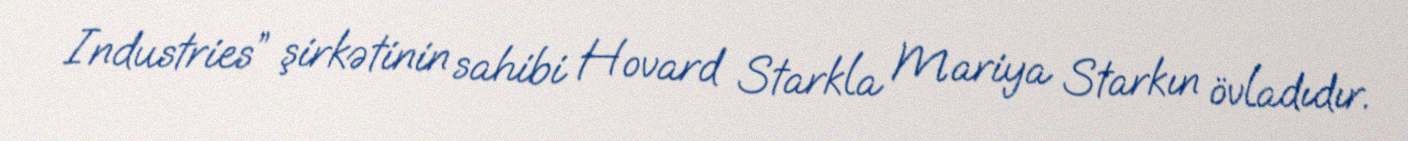
Industries” şirkətinin sahibi Hovard Starkla Mariya Starkın övladıdır.